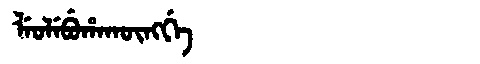
Manchu: ᠯᡝᠣᠯᡝᠪᡠᡥᠠᡴᡡᠩᡤᡝ
Romanization: LEOLEBUHAKŪNGGE